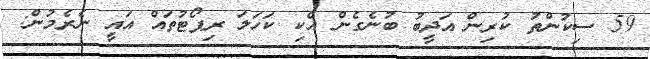
59 ސިކުންތު ކުރިން އަދީބު ބުނެގެން އެކި ކަހަލަ ރިޕޯޓުތައް އައީ ނެރެމުން: